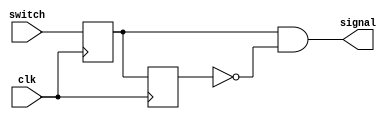
module exciting(
    input clk,
    input switch,
    output signal
    );

    reg lag1, lag2;

    always @ (posedge clk) begin
        lag1 <= switch;
        lag2 <= lag1;
    end

    //
    assign signal = lag1 & ~lag2;

endmodule